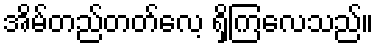
အိမ်တည်တတ်လေ့ ရှိကြလေသည်။